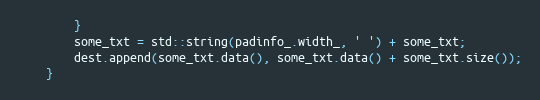
Language: C++
        }
        some_txt = std::string(padinfo_.width_, ' ') + some_txt;
        dest.append(some_txt.data(), some_txt.data() + some_txt.size());
    }